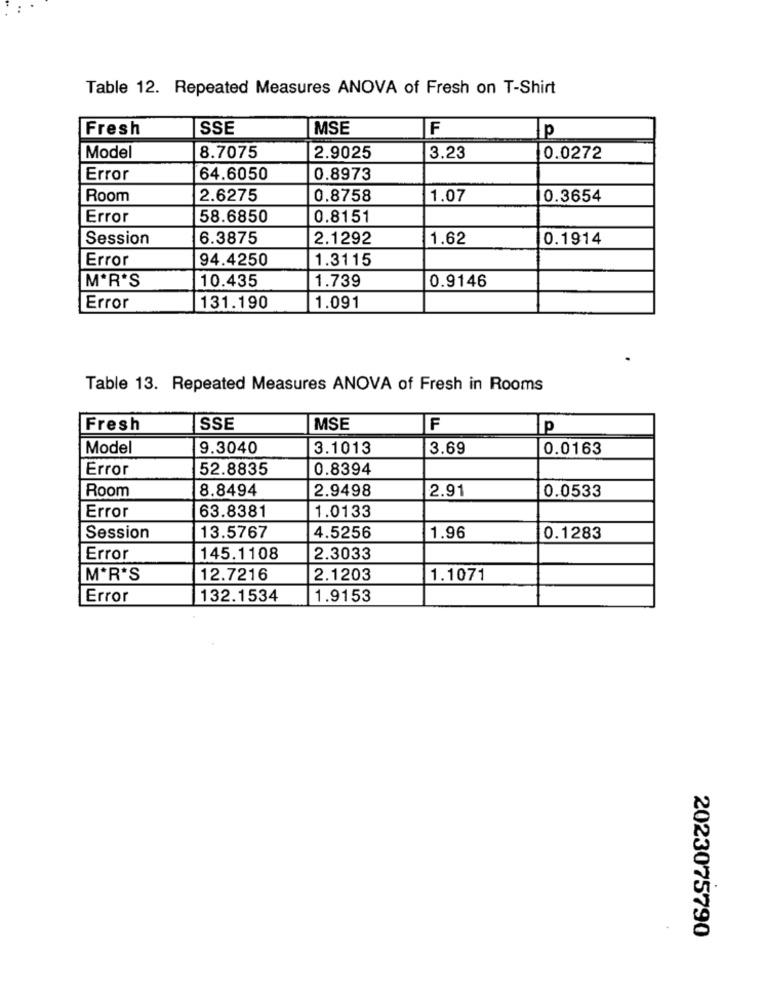
Table 12. Repeated Measures ANOVA of Fresh on T-Shirt
Fresh
SSE
MSE
F
p
Model
8.7075
2.9025
3.23
0.0272
Error
64.6050
0.8973
Room
2.6275
0.8758
1.07
0.3654
Error
58.6850
0.8151
Session
6.3875
2.1292
1.62
0.1914
Error
94.4250
1.3115
MªR'S
10.435
1.739
0.9146
Error
131.190
1.091
Table 13. Repeated Measures ANOVA of Fresh in Rooms
Fresh
SSE
MSE
F
P
Model
9.3040
3.1013
3.69
0.0163
Error
52.8835
0.8394
Room
8.8494
2.9498
2.91
0.0533
Error
63.8381
1.0133
Session
13.5767
4.5256
1.96
0.1283
Error
145.1108
2.3033
MªR'S
12.7216
2.1203
1.1071
Error
132.1534
1.9153
2023075790